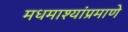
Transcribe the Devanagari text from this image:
मधमाश्यांप्रमाणे